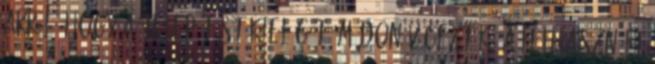
arról, hogy a telepítést kielégítõ módon végezték, a felhasznált